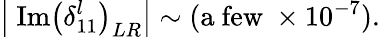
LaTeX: \left|~\mathrm{Im}\left(\delta_{11}^{l}\right)_{LR}\right|\sim(\mathrm{a~few~}\times 10^{-7}).